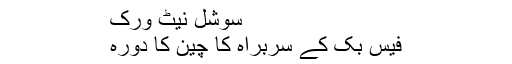
سوشل نیٹ ورک
فیس بک کے سربراہ کا چین کا دورہ